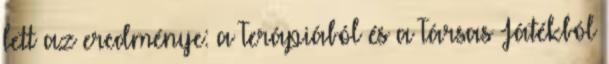
lett az eredménye: a Terápiából és a Társas Játékból